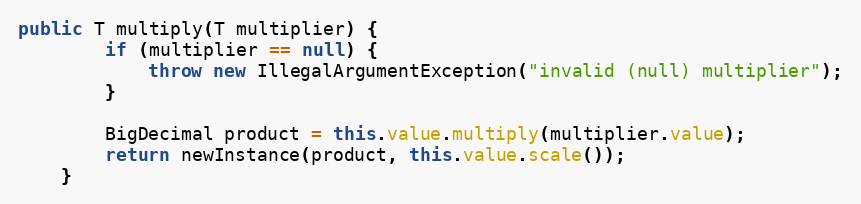
Language: Java
public T multiply(T multiplier) {
        if (multiplier == null) {
            throw new IllegalArgumentException("invalid (null) multiplier");
        }

        BigDecimal product = this.value.multiply(multiplier.value);
        return newInstance(product, this.value.scale());
    }